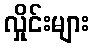
လှိုင်းများ